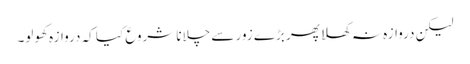
لیکن دروازہ نہ کھلا پھر بڑے زور سے چلانا شروع کیا کہ دروازہ کھولو۔